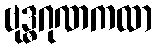
ဗုဒ္ဓဂုဏကထာ